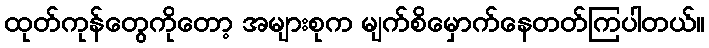
ထုတ်ကုန်တွေကိုတော့ အများစုက မျက်စိမှောက်နေတတ်ကြပါတယ်။